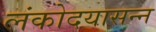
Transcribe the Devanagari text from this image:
लंकोदयासन्न